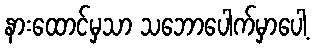
နားထောင်မှသာ သဘောပေါက်မှာပေါ့